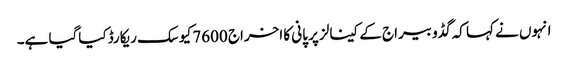
انہوں نے کہا کہ گڈو بیراج کے کینالز پر پانی کا اخراج 7600 کیوسک ریکارڈ کیاگیا ہے۔